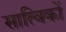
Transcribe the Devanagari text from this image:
सात्विकों